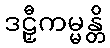
ဒဠှီကမ္မန္တိ